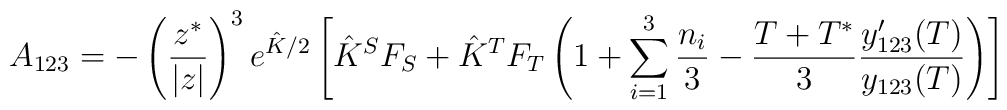
A_{123} = -\left(\frac{z^*}{|z|}\right)^3 e^{\hat{K}/2} \left[\hat{K}^SF_S + 	\hat{K}^TF_T \left(1+\sum_{i=1}^3 \frac{n_i}{3} - 	\frac{T+T^*}{3}\frac{y'_{123}(T)}{y_{123}(T)} \right) \right]